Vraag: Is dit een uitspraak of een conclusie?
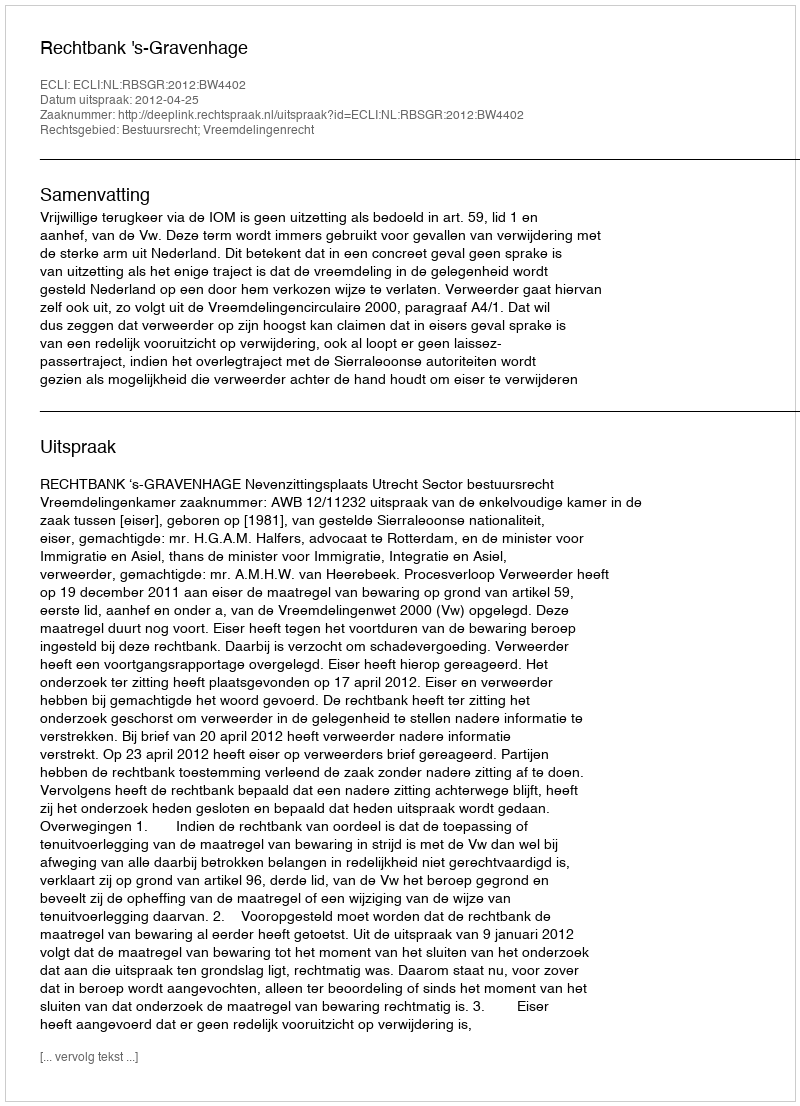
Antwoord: Uitspraak